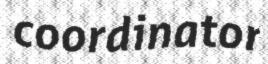
coordinator